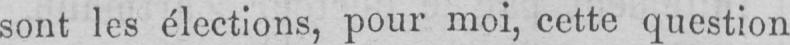
sont les élections, pour moi, cette question